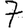
Digit: 7